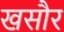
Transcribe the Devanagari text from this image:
खसौर